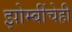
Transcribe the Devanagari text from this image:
झोम्बींचेही